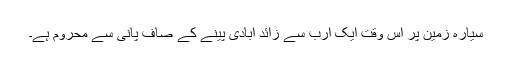
سیارہ زمین پر اس وقت ایک ارب سے زائد آبادی پینے کے صاف پانی سے محروم ہے۔